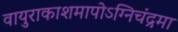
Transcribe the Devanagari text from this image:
वायुराकाशमापोऽग्‍निचंद्रमा